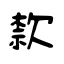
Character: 歀